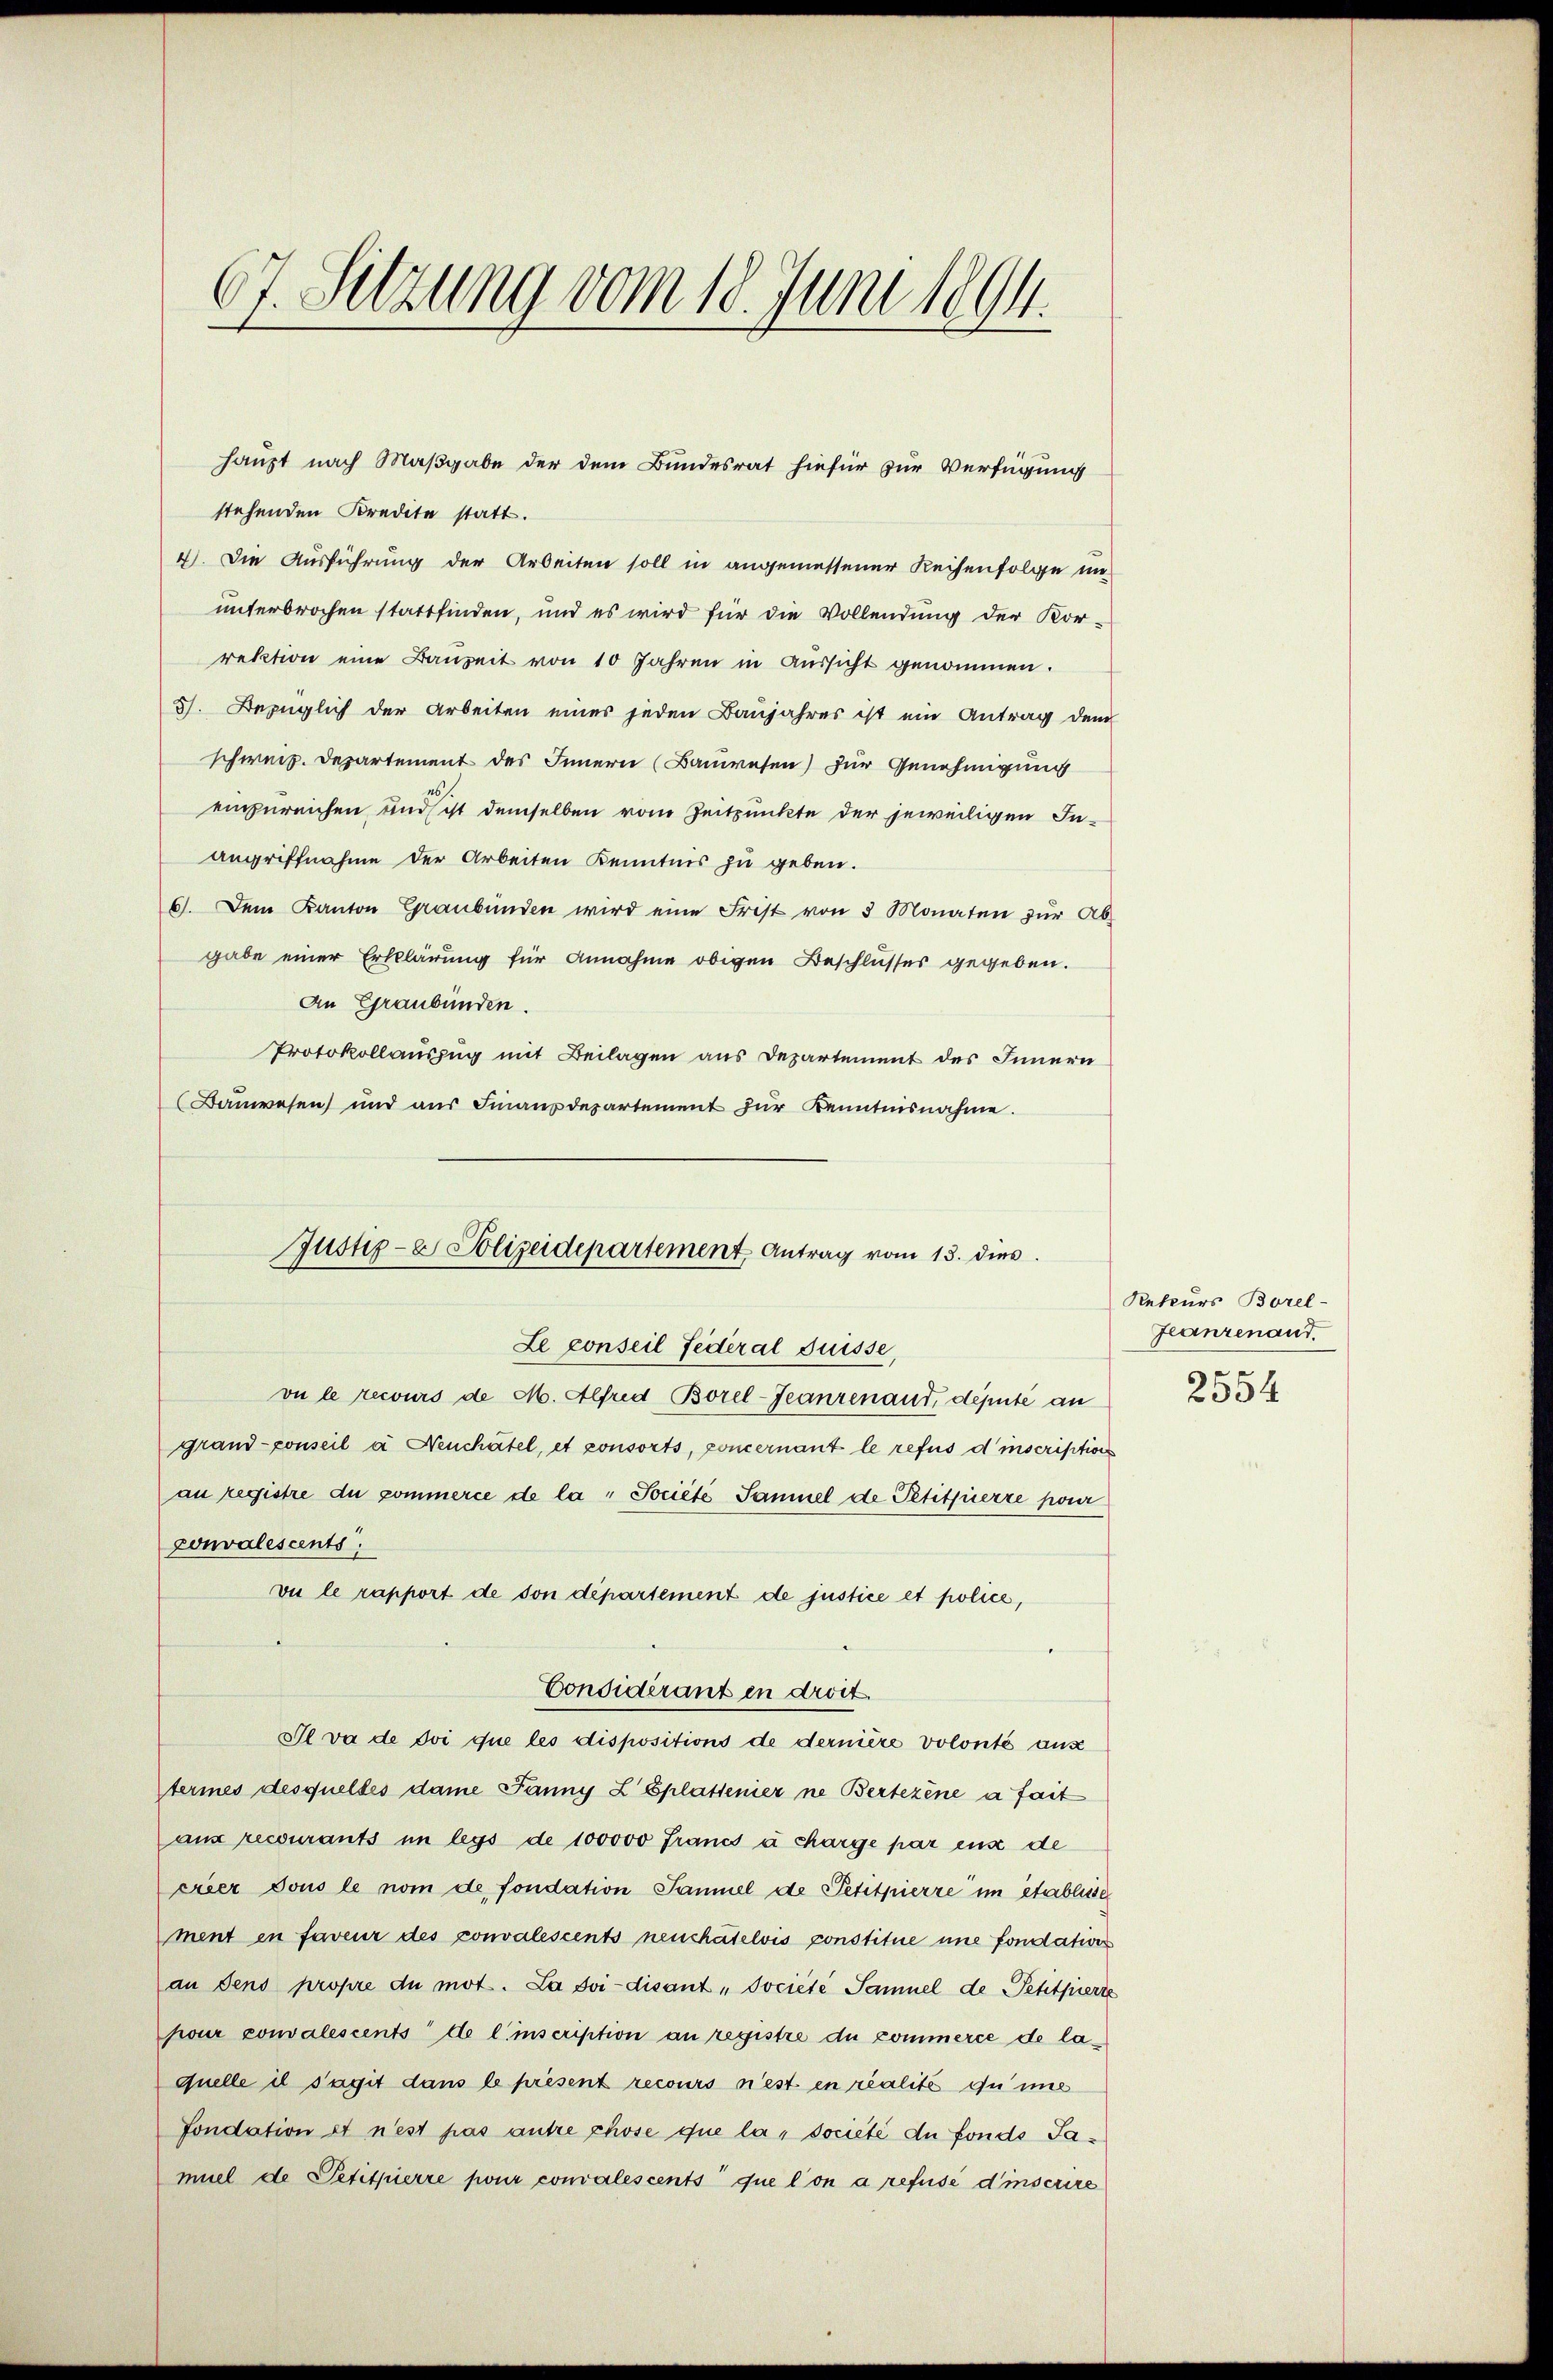
67. Setzung vom 18. Juni 1894.

stehenden Kredite statt.
4). Die Ausführung der Arbeiten soll in angemessener Reisenfolge un
unterbrochen stattfinden, und es wird für die Vollendung der Kor-
rektion eine Bauzeit von 10 Jahren in Aussicht genommen.
5). Bezüglich der Arbeiten eines jeden Baŭjahres ist ein Antrag dem
schweiz. Departement des Innern (Bauwesen) für Genehmigung
einzureichen und sicht demselben vom Zeitpunkte der jeweiligen In-
angriffnahme der Arbeiten Kenntnis zu geben.
6). Dem Kanton Graubünden wird eine Frist von 3 Monaten für Ab-
gabe einer Erklärung für Annahme obigen Beschlusses gegeben.
An Graubünden.
Protokollauszug mit Beilagen aus Departement des Innern
Bauwesen und aŭs Finanzdepartement für Kenntnisnahme.

Justiz- & Polizeidepartement Antrag vom 13. dies
Le conseil Federal Suisse,

vu le recours de M. Alfred Borel-Feanrenaud, deputé an
grand-Conseil a Neuchâtel, et consorts, concernant le refus d’inscription
au registre du commerce de la Société Samuel de Petituerre pour
convalescents
vu le rapport de son département de justice et police,
Considérant in droit.
Slva de soi que les dispositions de dernière volonté aus
termes desquelles dame Janny L Eplattenier ne Bertezene a fait
ans recourants im legs de 100000 Francs à charge par eux de
créer dous le nom de fondation Sammel de Petitpierre im Etablisse
ment in faveur des convalescents neuchâtelvis constitue une fondations
an dens propre du mot. La Soi-disant „Dociete Samuel de Petitpierte
pour convalescents de l. inscription an registre du commerce de laquelle il s’agit dans le présent recours riest en realité du imme
fondation et n’est pas autre chose que la societé du fonds Jamuel de Petitpierre pour convalescents que l’on a refusé d’inscrire

haupt nach Maßgabe der dem Bundesrat hiefür zur Verfügung

Rekurs Borel-
Jeanzenaud.
2554